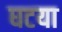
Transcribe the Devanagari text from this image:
घटया